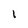
Character: 1